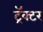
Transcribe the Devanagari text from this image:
ट्रॅक्‍टर